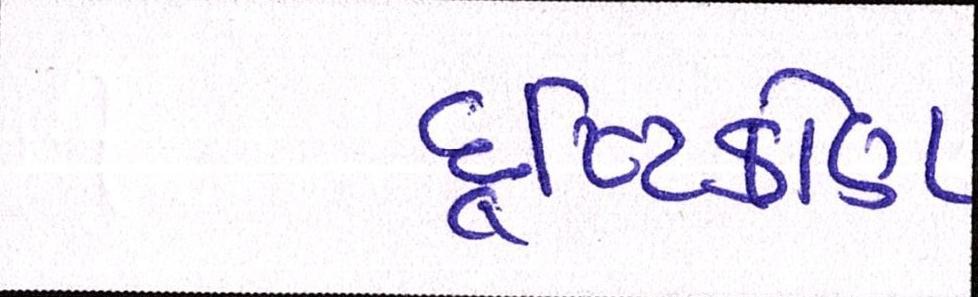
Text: દૃષ્ટિકોણ